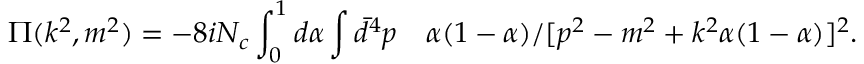
\Pi ( k ^ { 2 } , m ^ { 2 } ) = - 8 i N _ { c } \int _ { 0 } ^ { 1 } d \alpha \int \bar { d } ^ { 4 } p \quad \alpha ( 1 - \alpha ) / [ p ^ { 2 } - m ^ { 2 } + k ^ { 2 } \alpha ( 1 - \alpha ) ] ^ { 2 } .